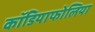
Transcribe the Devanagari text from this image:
कॉडियाफोलिया